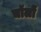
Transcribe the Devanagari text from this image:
चॉलों